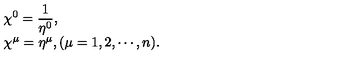
\begin{array} { l } { \displaystyle \chi ^ { 0 } = \frac { 1 } { \eta ^ { 0 } } , } \\ { \chi ^ { \mu } = \eta ^ { \mu } , ( \mu = 1 , 2 , \cdots , n ) . } \\ \end{array}